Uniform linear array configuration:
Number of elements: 4
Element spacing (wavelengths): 0.5
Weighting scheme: blackman
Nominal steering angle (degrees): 60
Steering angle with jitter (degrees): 58.806
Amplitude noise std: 0.05
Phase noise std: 0.05

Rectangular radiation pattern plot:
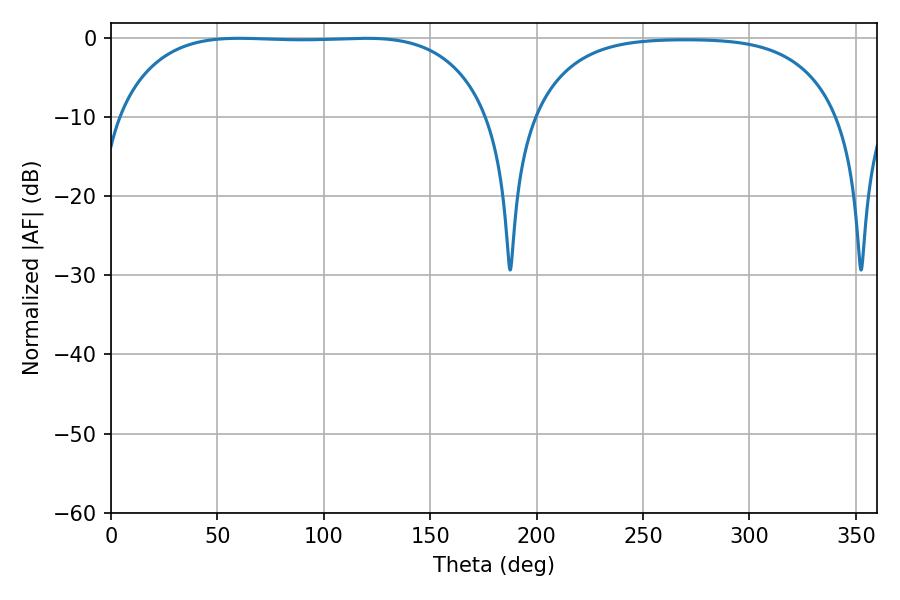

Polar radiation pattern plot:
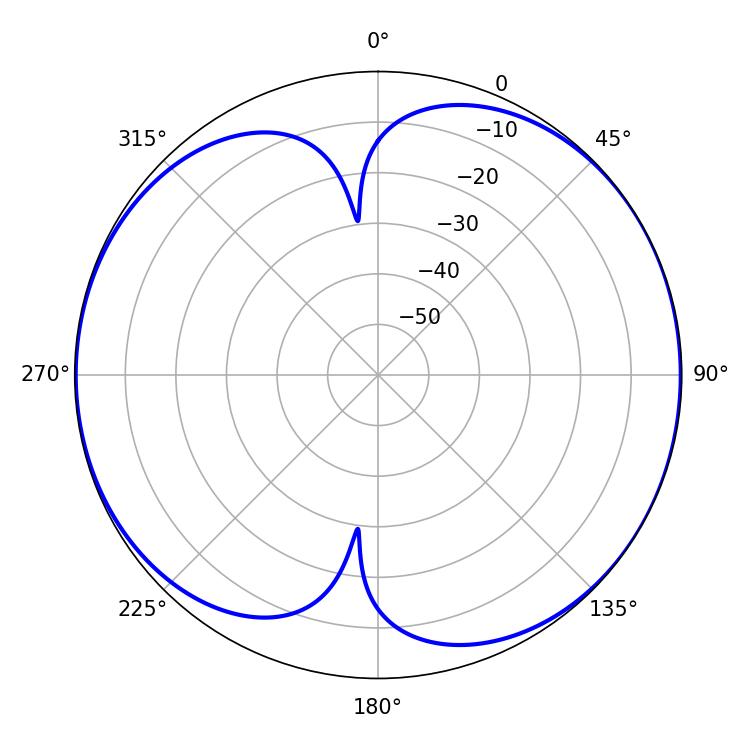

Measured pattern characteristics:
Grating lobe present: FALSE
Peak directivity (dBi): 7.464
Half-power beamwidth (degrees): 136.8
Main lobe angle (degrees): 60.3